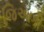
જિઆકી